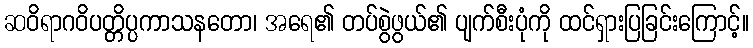
ဆဝိရာဂဝိပတ္တိပ္ပကာသနတော၊ အရေ၏ တပ်စွဲဖွယ်၏ ပျက်စီးပုံကို ထင်ရှားပြခြင်းကြောင့်။